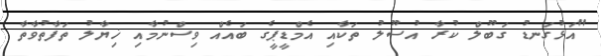
"އަޅުގަނޑު ގަބޫލް ކުރާ އުސޫލު ތަކާއި އެމްޑީޕީގެ ބައެއް ވިސްނުމާއި ޚިޔާލު ތަފާތުވާތާ